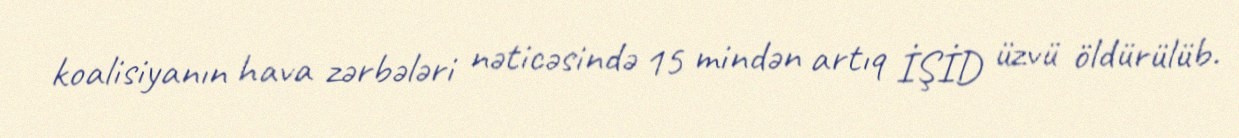
koalisiyanın hava zərbələri nəticəsində 15 mindən artıq İŞİD üzvü öldürülüb.